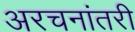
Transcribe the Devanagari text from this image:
अरचनांतरी